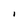
Character: I